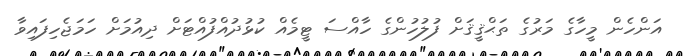
އަންހެން މީހާގެ މަރުގެ ތަޙްޤީޤަށް ފުލުހުންގެ ހާއްސަ ޓީމެއް ކުޅުދުއްފުއްޓަށް ދިއުމަށް ހަމަޖެހިފައިވާ